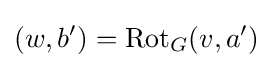
(w,b')=\mathrm {Rot} _{G}(v,a')